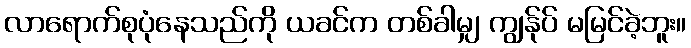
လာရောက်စုပုံနေသည်ကို ယခင်က တစ်ခါမျှ ကျွန်ုပ် မမြင်ခဲ့ဘူး။